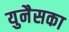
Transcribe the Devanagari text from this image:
युनैसका